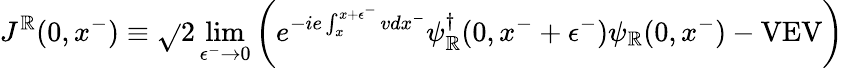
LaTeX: J^{\mathbb{R}}(0,x^{-})\equiv\sqrt{}{{2}}\operatorname*{lim}_{\epsilon^{-}\rightarrow0}\left(e^{-ie\int_{x}^{x+\epsilon^{-}}vdx^{-}}\psi_{\mathbb{R}}^{\dagger}(0,x^{-}+\epsilon^{-})\psi_{\mathbb{R}}(0,x^{-})-\mathrm{{VEV}}\right)